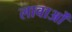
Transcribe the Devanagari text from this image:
लावाओं